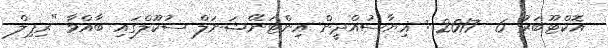
އޮކްޓޫބަރު 6  2017 : ޣިޔާސުއްދީން އިންޓަނޭޝަނަލް ސުކޫލްގައި ބާއްވާ "ރިޕިލް